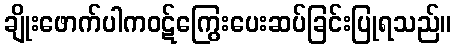
ချိုးဖောက်ပါကဝဋ်ကြွေးပေးဆပ်ခြင်းပြုရသည်။